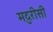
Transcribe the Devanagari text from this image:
मदुरीसी